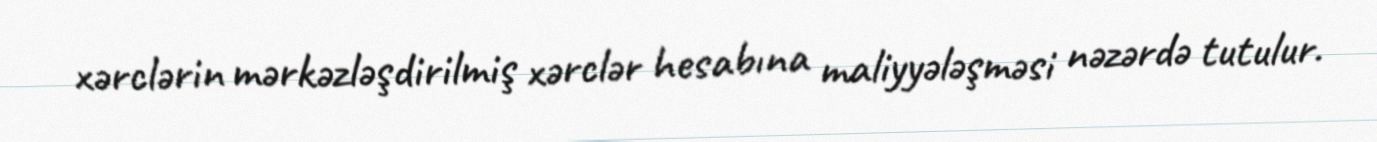
xərclərin mərkəzləşdirilmiş xərclər hesabına maliyyələşməsi nəzərdə tutulur.